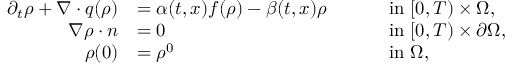
\begin{array} { r l r l r } { \partial _ { t } \rho + \nabla \cdot q ( \rho ) } & { = \alpha ( t , x ) f ( \rho ) - \beta ( t , x ) \rho } & { \quad } & { \mathrm { ~ i n ~ } [ 0 , T ) \times \Omega , } \\ { \nabla \rho \cdot n } & { = 0 } & { \quad } & { \mathrm { ~ i n ~ } [ 0 , T ) \times \partial \Omega , } \\ { \rho ( 0 ) } & { = \rho ^ { 0 } } & { \quad } & { \mathrm { ~ i n ~ } \Omega , } & \end{array}